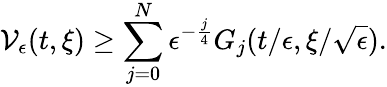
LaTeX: \mathcal{V}_{\epsilon}(t,\xi)\geq\sum_{j=0}^{N}\epsilon^{-\frac{j}{4}}G_{j}(t/\epsilon,\xi/\sqrt{\epsilon}).